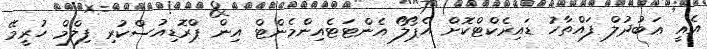
އެއީ ޢަބުދުލް ފައްތާހު ޑައިރެކްޓްކޮށް އެޕޯލޯ އެންޓަޓެއިންމެންޓް އިން ޕްރޮޑިއުސްކުރި ފިލްމް ހުރީމޭ